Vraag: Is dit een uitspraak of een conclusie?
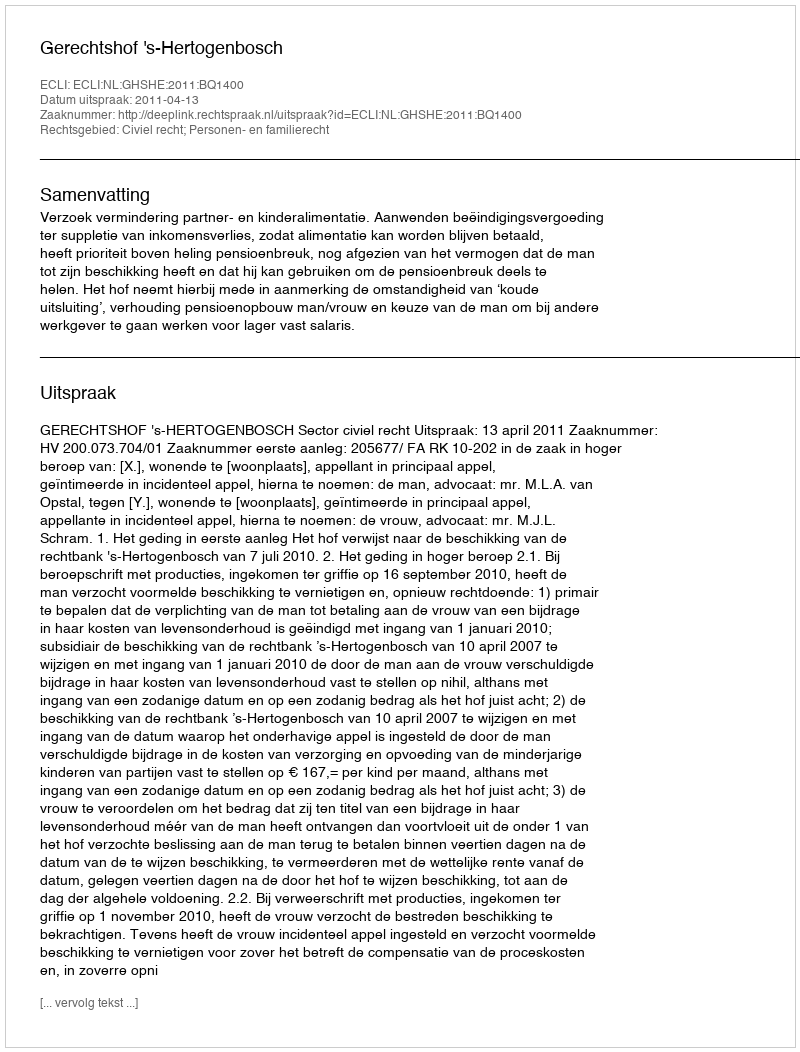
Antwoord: Uitspraak